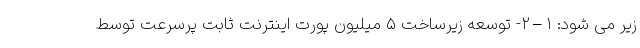
زیر می شود: ۱–۲- توسعه زیرساخت ۵ میلیون پورت اینترنت ثابت پرسرعت توسط